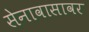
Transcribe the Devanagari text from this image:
सेनावासावर